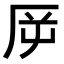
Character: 𠩋